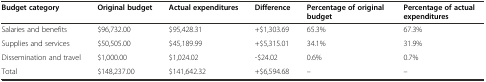
| Budget category | Original budget | Actual expenditures | Difference | Percentage of original budget | Percentage of actual expenditures |
 | --- | --- | --- | --- | --- | --- |
 | Salaries and benefits | $96,732.00 | $95,428.31 | +$1,303.69 | 65.3% | 67.3% |
 | Supplies and services | $50,505.00 | $45,189.99 | +$5,315.01 | 34.1% | 31.9% |
 | Dissemination and travel | $1,000.00 | $1,024.02 | -$24.02 | 0.6% | 0.7% |
 | Total | $148,237.00 | $141,642.32 | +$6,594.68 | – | – |